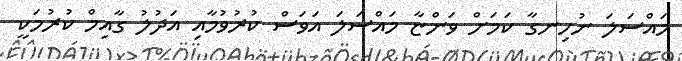
މައްސަލަ ނުހިނގާ ކަމަށް ވަންޏާ މައްސަަލަ އަވަސް ކުރުވުމާއި އަދުލު ގާއިމް ކުރުމަކީ